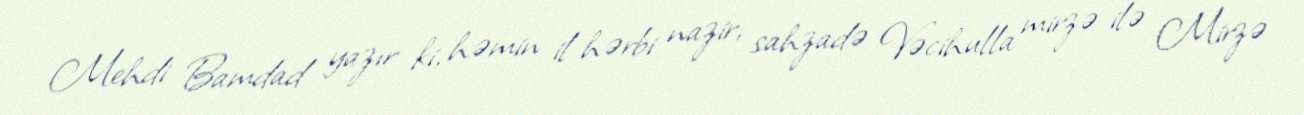
Mehdi Bamdad yazır ki, həmin il hərbi nazir, sahzadə Vəcihulla mirzə ilə Mirzə